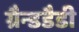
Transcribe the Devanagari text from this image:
ग्रैन्डडैडी